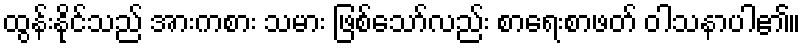
ထွန်းနိုင်သည် အားကစား သမား ဖြစ်သော်လည်း စာရေးစာဖတ် ဝါသနာပါ၏။